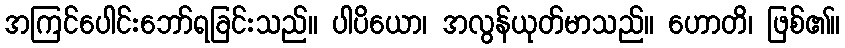
အကြင်ပေါင်းဘော်ရခြင်းသည်။ ပါပိယော၊ အလွန်ယုတ်မာသည်။ ဟောတိ၊ ဖြစ်၏။